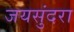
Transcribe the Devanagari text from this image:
जयसुंदरा